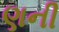
ણની